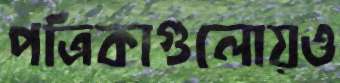
পত্রিকাগুলোয়ও